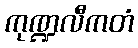
ကုဏ္ဍလီကတံ